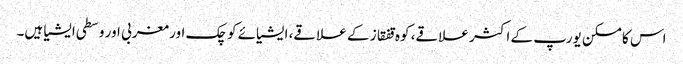
اس کا مسکن یورپ کے اکثر علاقے، کوہ قفقاز کے علاقے، ایشیائے کوچک اور مغربی اور وسطی ایشیا ہیں۔